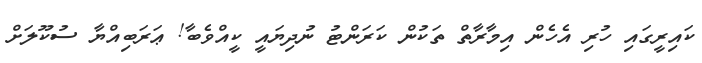
ކައިރީގައި ހުރި އެހެން އިމާރާތް ތަކުން ކަރަންޓު ނުދިޔައީ ކީއްވެބާ! ޢަރަބިއްޔާ ސުކޫލަށް